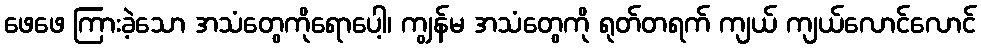
ဖေဖေ ကြားခဲ့သော အသံတွေကိုရောပေါ့၊ ကျွန်မ အသံတွေကို ရုတ်တရက် ကျယ် ကျယ်လောင်လောင်